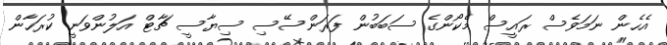
އެހެން ނަމަވެސް ރައީސް މެކޯންގެ ސަބަބުން ފަރަންސޭސި ސިޔާސީ ޗާޓް އަލުންވަނީ ކުރަހާން